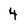
Character: 4